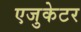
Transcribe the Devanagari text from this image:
एजुकेटर